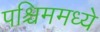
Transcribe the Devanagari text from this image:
पश्चिममध्ये